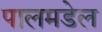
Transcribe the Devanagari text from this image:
पालमडेल